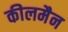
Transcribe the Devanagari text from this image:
कीलमैन